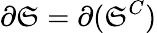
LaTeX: \partial\mathfrak{S}=\partial(\mathfrak{S}^{C})